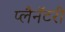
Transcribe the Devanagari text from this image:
प्लैनॅटरी